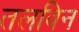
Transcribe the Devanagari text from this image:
तलविन